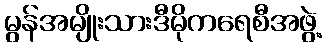
မွန်အမျိုးသားဒီမိုကရေစီအဖွဲ့